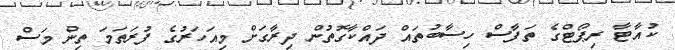
ކުއާޓާ ރިޕޯޓްގެ ތަފާސް ހިސާބުތައް ދައްކާގޮތުން ދިރާގަށް މިއަހަރުގެ ފުރަތަމަ ތިން މަސް